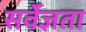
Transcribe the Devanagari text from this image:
सर्वेज्ञता